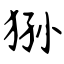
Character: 狲